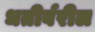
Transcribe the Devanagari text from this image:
धतीर्वरील